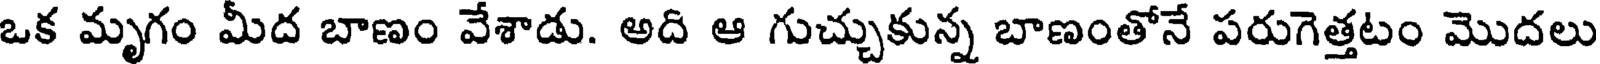
ఒక మృగం మీద బాణం వేశాడు. అది ఆ గుచ్చుకున్న బాణంతోనే పరుగెత్తటం మొదలు